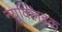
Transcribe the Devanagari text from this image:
न्यूक्‍लिइक